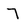
Character: 7